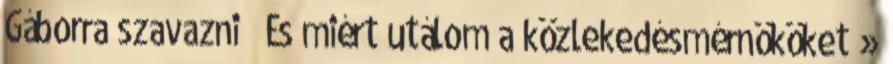
Gáborra szavazni És miért utálom a közlekedésmérnököket »